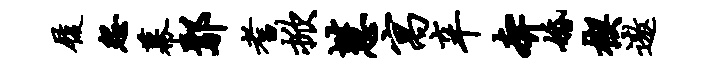
履怨幕鄢耆掀慧寓辛奔婚楔遨